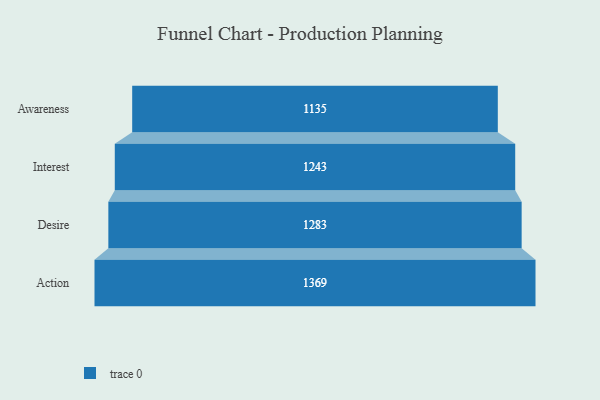
{"axis": {"x": "Stage", "y": "Value"}, "legend": [""], "data": [{"x": "Awareness", "y": 1135.0, "type": ""}, {"x": "Interest", "y": 1243.0, "type": ""}, {"x": "Desire", "y": 1283.0, "type": ""}, {"x": "Action", "y": 1369.0, "type": ""}]}